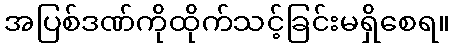
အပြစ်ဒဏ်ကိုထိုက်သင့်ခြင်းမရှိစေရ။